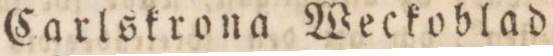
Carlskrona Weckoblad,